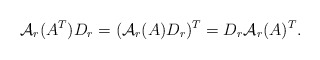
\begin{align*}\mathcal A_r(A^T)D_r=(\mathcal A_r(A)D_r)^T=D_r\mathcal A_r(A)^T.\end{align*}